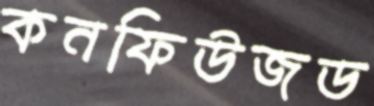
কনফিউজড